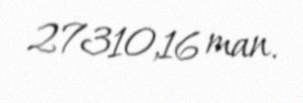
27310,16 man.